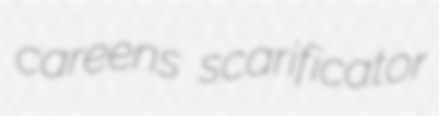
careens scarificator